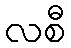
လစီ